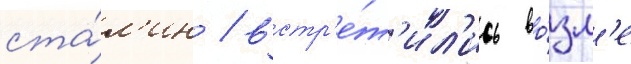
ста́л'ин / встр'е́т'ил'ись во́зл'е